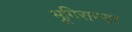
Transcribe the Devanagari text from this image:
भूमिसम्भार